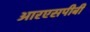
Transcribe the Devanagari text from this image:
आरएसपीबी